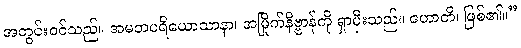
အတွင်းဝင်သည်။ အမတပရိယောသာနာ၊ အမြိုက်နိဗ္ဗာန်ကို ရှာမှီးသည်။ ဟောတိ၊ ဖြစ်၏။”